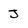
Character: j